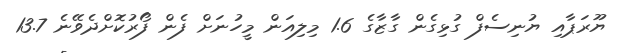
ޔޫރަޕާއި ޔުނިސެފް ގުޅިގެން ގާޒާގެ 1.6 މިލިއަން މީހުނަށް ފެން ފޯރުކޮށްދެވޭނެ 13.7